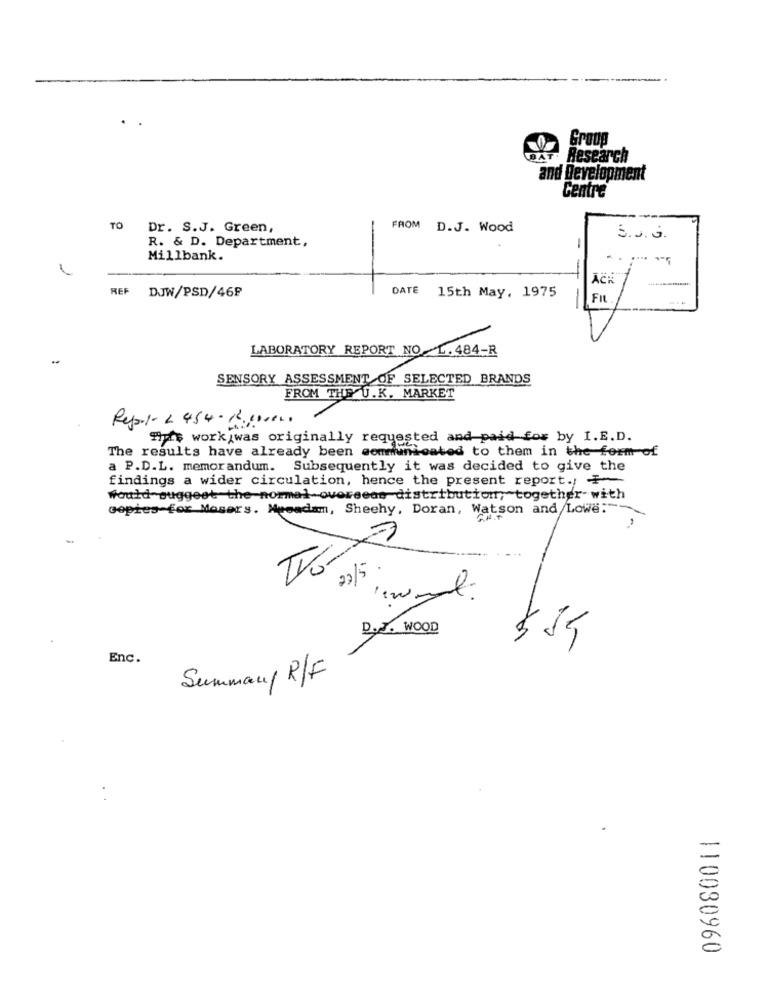
Group
Research
and Development
Centre
TO
Dr. S.J. Green,
FROM D.J. Wood
R. & D. Department,
5.5. G.
Millbank.
2
ACK
REF
DJW/PSD/468
DATE 15th May, 1975
FIL
LABORATORY REPORT NO L.484-R
SENSORY ASSESSMENT OF SELECTED BRANDS
FROM THE U.K. MARKET
Report- 2 454 - B 0000 ..
Hits work was originally requested and paid for by I.E.D.
The results have already been communicated to them in the form of
a P.D.L. memorandum. Subsequently it was decided to give the
findings a wider circulation, hence the present report .; -
Would suggest-the-normal-overseas distribution, together with
copies-for Mosers. Meeadam, Sheehy, Doran, Watson and /Lowe:"
G.N.F
22/5.
D.J. WOOD
Enc.
Summan/ R/F
110080960